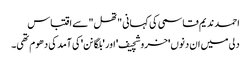
احمد ندیم قاسمی کی کہانی "تھل" سے اقتباس
دلی میں ان دنوں 'خروشچیف' اور 'بلگانن' کی آمد کی دھوم تھی۔